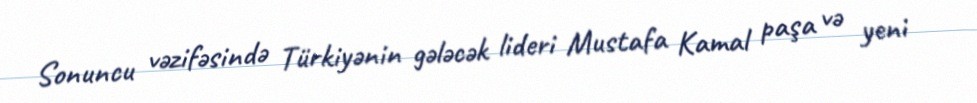
Sonuncu vəzifəsində Türkiyənin gələcək lideri Mustafa Kamal paşa və yeni